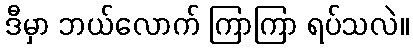
ဒီမှာ ဘယ်လောက် ကြာကြာ ရပ်သလဲ။